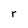
Character: r